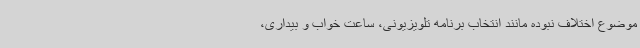
موضوع اختلاف نبوده مانند انتخاب برنامه تلویزیونی، ساعت خواب و بیداری،